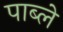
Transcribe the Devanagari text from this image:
पाब्ले